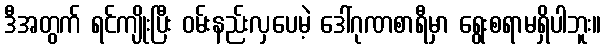
ဒီအတွက် ရင်ကျိုးပြီး ဝမ်းနည်းလှပေမဲ့ ဒေါ်ဂုဏစာရီမှာ ရွေးစရာမရှိပါဘူး။